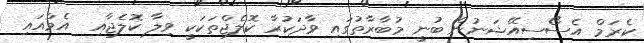
ކެރަމް އެސޯސިއޭޝަނުން ބުނީ މުބާރާތުގައި ވާދަކުރާ ކޮލެޖްތަކަކީ ވިލާ ކޮލެޖާއި  އެމްއައި